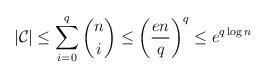
LaTeX: \begin{align*} |\mathcal{C}| \leq \sum_{i=0}^q \binom{n}{i} \leq \left(\frac{en}{q}\right)^q \leq e^{q \log n} \end{align*}